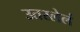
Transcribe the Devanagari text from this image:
उतरलेलं